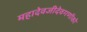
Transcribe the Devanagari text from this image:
महादेवजीदेवगणोंको